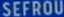
SEFROU